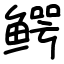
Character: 鳄